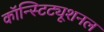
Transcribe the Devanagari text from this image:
कॉन्स्टिट्यूशनल